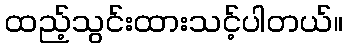
ထည့်သွင်းထားသင့်ပါတယ်။